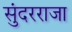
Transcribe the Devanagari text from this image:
सुंदरराजा